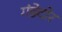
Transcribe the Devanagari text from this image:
गंडेदोर